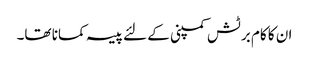
ان کا کام برٹش کمپنی کے لئے پیسہ کمانا تھا۔